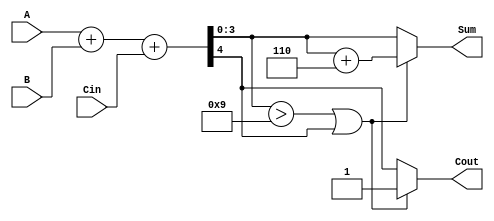
module bcd_adder (
    input  wire [3:0] A,      // First BCD digit
    input  wire [3:0] B,      // Second BCD digit
    input  wire Cin,          // Carry input
    output reg  [3:0] Sum,    // BCD result
    output reg  Cout          // Carry output
);

    wire [4:0] S;             // Intermediate sum (5 bits)
    wire correction_needed;    // Flag for correction

    // Binary addition of A, B, and Cin
    assign S = A + B + Cin;

    // Check if correction is needed (S[3:0] > 9 or S[4] == 1)
    assign correction_needed = (S[3:0] > 4'd9) || S[4];

    always @(*) begin
        if (correction_needed) begin
            Sum = S[3:0] + 4'd6; // Apply correction by adding 6
            Cout = 1;            // Set carry output
        end else begin
            Sum = S[3:0];        // No correction needed
            Cout = S[4];        // Carry output from the addition
        end
    end

endmodule